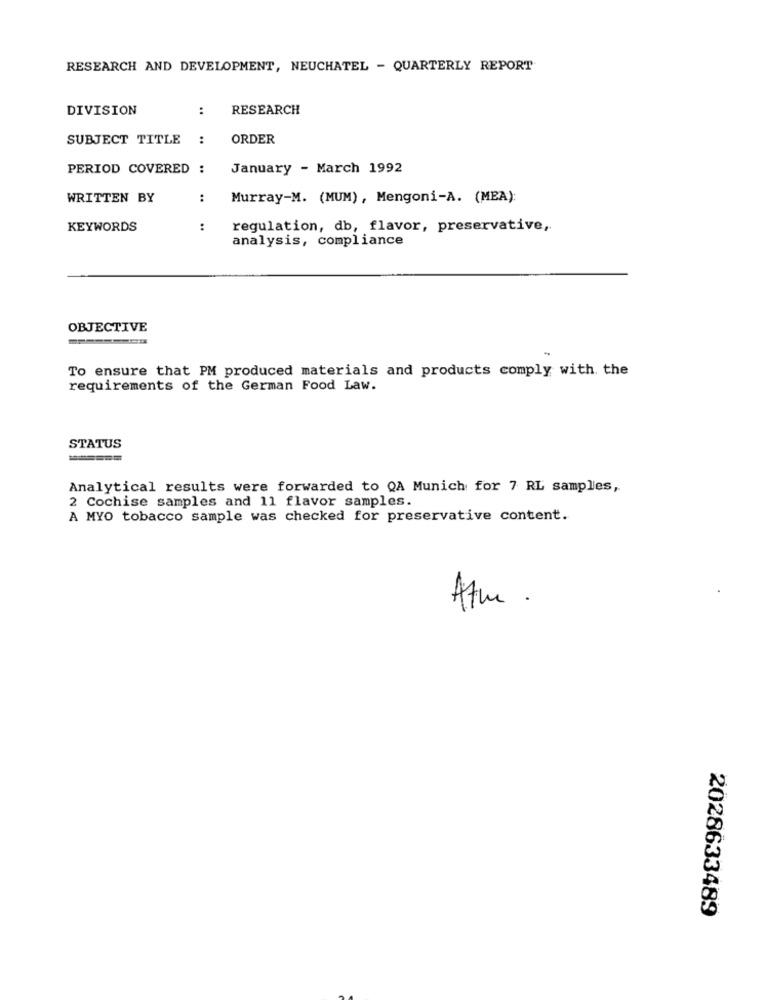
RESEARCH AND DEVELOPMENT, NEUCHATEL - QUARTERLY REPORT
DIVISION
:
RESEARCH
SUBJECT TITLE
:
ORDER
PERIOD COVERED :
January - March 1992
WRITTEN BY
:
Murray-M. (MUM), Mengoni-A. (MEA):
KEYWORDS
:
regulation, db, flavor, preservative,
analysis, compliance
OBJECTIVE
To ensure that PM produced materials and products comply with. the
requirements of the German Food Law.
STATUS
=====
Analytical results were forwarded to QA Munich for 7 RL samples,
2 Cochise samples and 11 flavor samples.
A MYO tobacco sample was checked for preservative content.
Atm .
2028633489